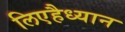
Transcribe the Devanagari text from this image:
लिएहैध्यान